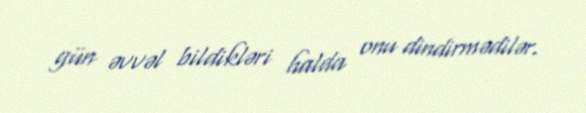
gün əvvəl bildikləri halda onu dindirmədilər.